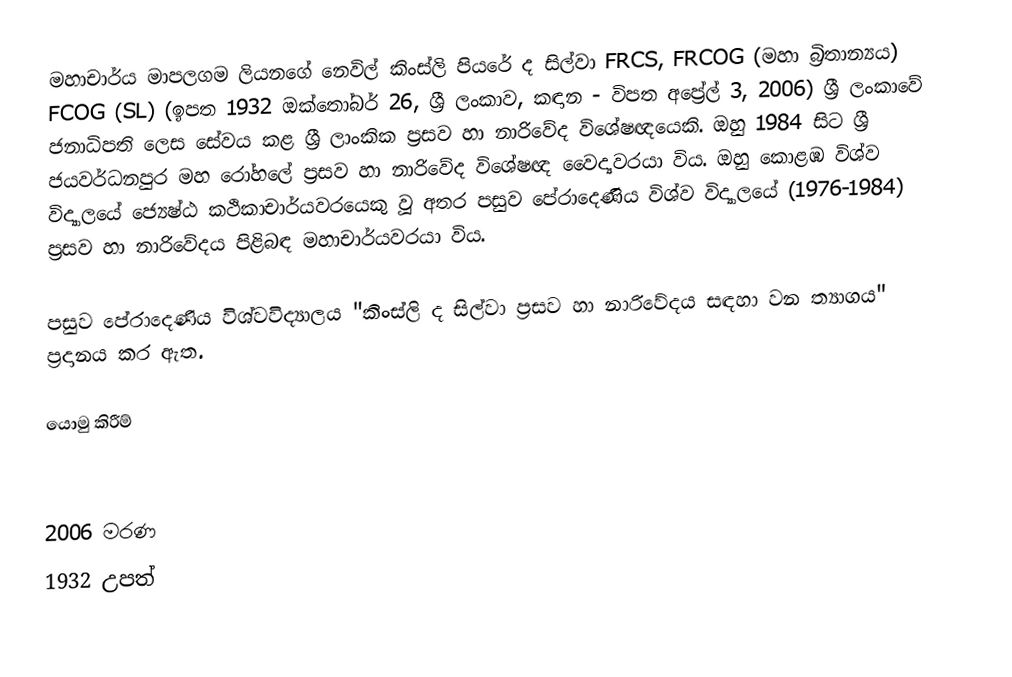
මහාචාර්ය මාපලගම ලියනගේ නෙවිල් කිංස්ලි පියරේ ද සිල්වා FRCS, FRCOG (මහා බ්‍රිතාන්‍යය) FCOG (SL) (ඉපත 1932 ඔක්තෝබර් 26, ශ්‍රී ලංකාව, කඳාන - විපත අප්‍රේල් 3, 2006) ශ්‍රී ලංකාවේ ජනාධිපති ලෙස සේවය කළ ශ්‍රී ලාංකික ප්‍රසව හා නාරිවේද විශේෂඥයෙකි. ඔහු 1984 සිට ශ්‍රී ජයවර්ධනපුර මහ රෝහලේ ප්‍රසව හා නාරිවේද විශේෂඥ වෛද්‍යවරයා විය. ඔහු කොළඹ විශ්ව විද්‍යාලයේ ජ්‍යෙෂ්ඨ කථිකාචාර්යවරයෙකු වූ අතර පසුව පේරාදෙණිය විශ්ව විද්‍යාලයේ (1976-1984) ප්‍රසව හා නාරිවේදය පිළිබඳ මහාචාර්යවරයා විය.

පසුව පේරාදෙණිය විශ්වවිද්‍යාලය "කිංස්ලි ද සිල්වා ප්‍රසව හා නාරිවේදය සඳහා වන ත්‍යාගය" ප්‍රදානය කර ඇත.

යොමු කිරීම්

2006 මරණ
1932 උපත්